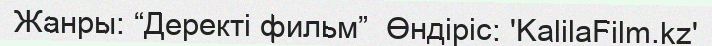
Жанры: “Деректі фильм”  Өндіріс: 'KalilaFilm.kz'